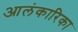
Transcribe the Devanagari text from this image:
आलंकारिका